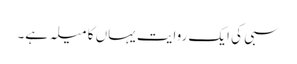
سبی کی ایک روایت یہاں کا میلہ ہے۔